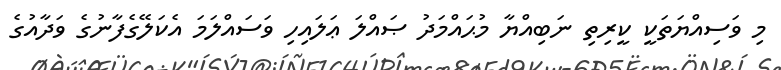
މި ވަސިއްޔަތަކީ ކީރިތި ނަބިއްޔާ މުޙައްމަދު ޞައްލަ ޢަލައިހި ވަސައްލަމަ އެކަލޭގެފާނުގެ ވަދާއުގެ